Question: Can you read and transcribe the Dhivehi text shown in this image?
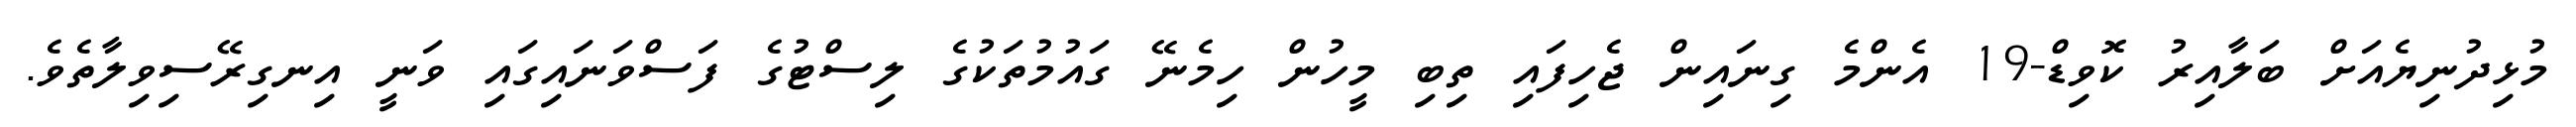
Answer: މުޅިދުނިޔެއަށް ބަލާއިރު ކޮވިޑް-19 އެންމެ ގިނައިން ޖެހިފައި ތިބި މީހުން ހިމެނޭ ގައުމުތަކުގެ ލިސްޓުގެ ފަސްވަނައިގައި ވަނީ އިނގިރޭސިވިލާތެވެ.